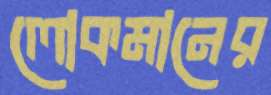
লোকমানের